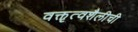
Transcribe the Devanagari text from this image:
वक्तृत्वशैलीची